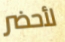
لأحضر